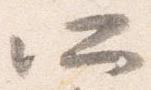
所